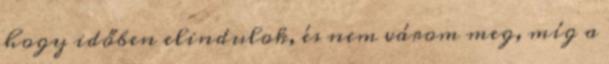
hogy időben elindulok, és nem várom meg, míg a